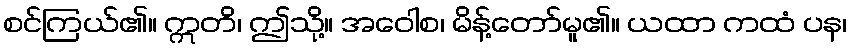
စင်ကြယ်၏။ ဣတိ၊ ဤသို့။ အဝေါစ၊ မိန့်တော်မူ၏။ ယထာ ကထံ ပန၊